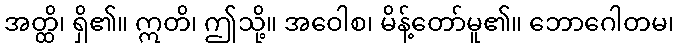
အတ္ထိ၊ ရှိ၏။ ဣတိ၊ ဤသို့။ အဝေါစ၊ မိန့်တော်မူ၏။ ဘောဂေါတမ၊